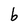
Character: b